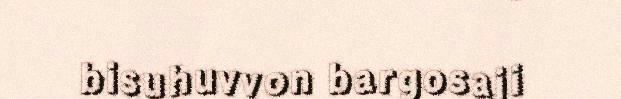
bisuhuvvon bargosaji